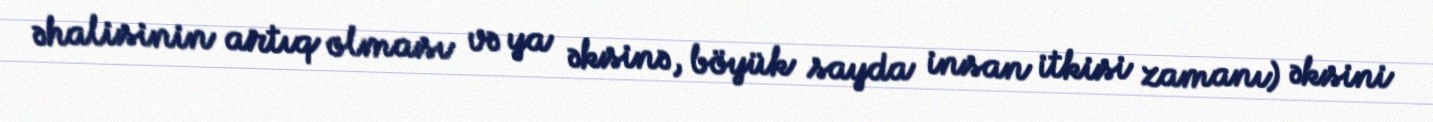
əhalisinin artıq olması və ya əksinə, böyük sayda insan itkisi zamanı) əksini